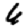
Digit: 6